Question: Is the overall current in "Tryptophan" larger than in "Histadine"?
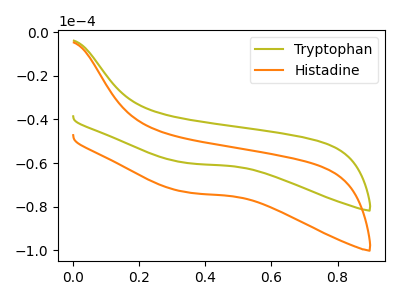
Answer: <think>The olive curve "Tryptophan" has no peaks. The orange curve "Histadine" has no peaks.
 Neither "Tryptophan" or "Histadine" have any peaks.</think>
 <answer>I cant tell if "Tryptophan" or "Histadine" has more signal.</answer>
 <eval>mixed_signal</eval>